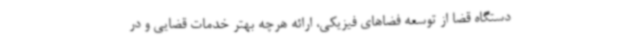
دستگاه قضا از توسعه فضاهای فیزیکی، ارائه هرچه بهتر خدمات قضایی و در